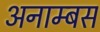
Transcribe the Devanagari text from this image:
अनाम्बस